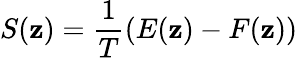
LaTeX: S(\mathbf{z})=\frac{{1}}{{T}}\left(E(\mathbf{z})-F(\mathbf{z})\right)